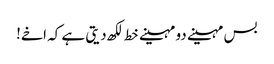
بس مہینے دو مہینے خط لکھ دیتی ہے کہ اخے!